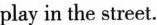
play in the street.